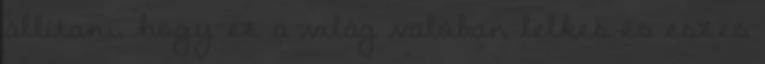
állítani, hogy ez a világ valóban lelkes és eszes